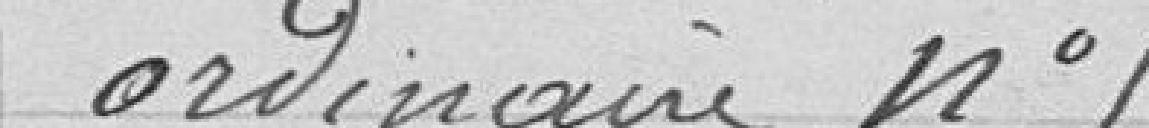
ordinaire n°5